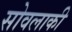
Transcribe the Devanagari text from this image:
सोवलाकी